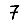
Digit: 7